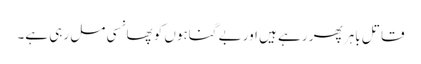
قاتل باہر پھر رہے ہیں اور بے گناہوں کو پھانسی مل رہی ہے۔